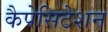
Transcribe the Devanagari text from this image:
कैपेसिटेशन